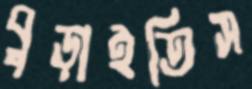
বুড়াইতিস